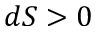
d S > 0